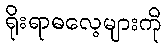
ရိုးရာဓလေ့များကို